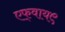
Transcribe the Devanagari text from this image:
एफ्‌वाय९